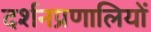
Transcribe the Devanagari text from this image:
दर्शनप्रणालियों